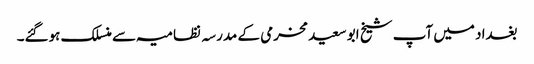
بغداد میں آپ شیخ ابو سعید مخرمی کے مدرسہ نظامیہ سے منسلک ہوگئے۔